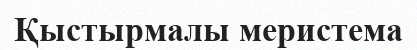
Қыстырмалы меристема